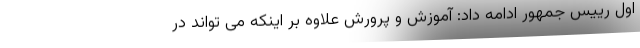
اول رییس جمهور ادامه داد: آموزش و پرورش علاوه بر اینکه می تواند در